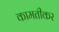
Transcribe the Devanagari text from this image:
कामतीकर